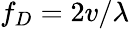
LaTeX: f_{D}=2v/\lambda